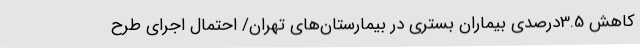
کاهش 3.5درصدی بیماران بستری در بیمارستان‌های تهران/ احتمال اجرای طرح